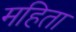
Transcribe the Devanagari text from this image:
महिता